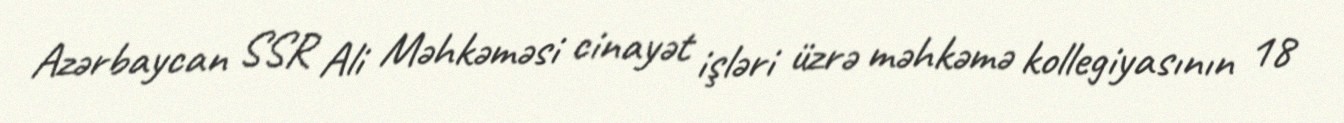
Azərbaycan SSR Ali Məhkəməsi cinayət işləri üzrə məhkəmə kollegiyasının 18